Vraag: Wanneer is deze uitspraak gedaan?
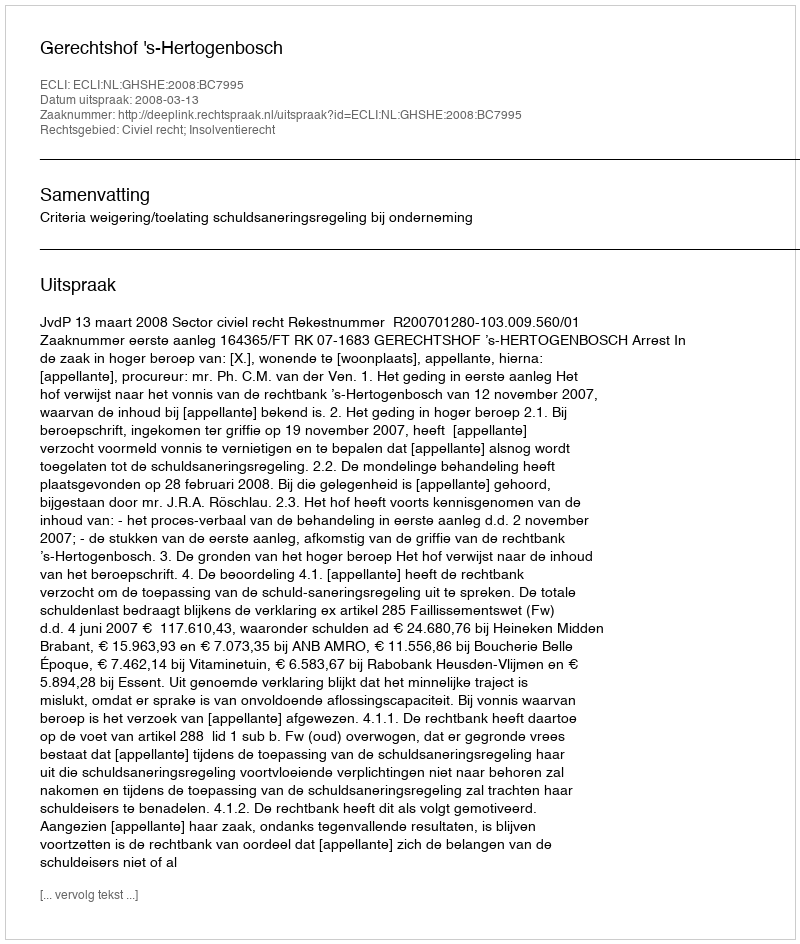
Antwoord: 2008-03-13